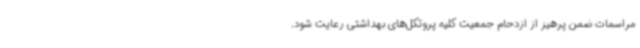
مراسمات ضمن پرهیز از ازدحام جمعیت کلیه پروتکل‌های بهداشتی رعایت شود.